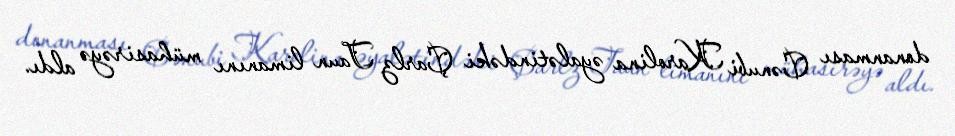
donanması Cənubi Karolina əyalətindəki Çarlz Taun limanını mühasirəyə aldı.